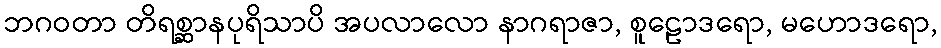
ဘဂဝတာ တိရစ္ဆာနပုရိသာပိ အပလာလော နာဂရာဇာ, စူဠောဒရော, မဟောဒရော,